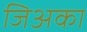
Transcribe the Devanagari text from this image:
जिअका